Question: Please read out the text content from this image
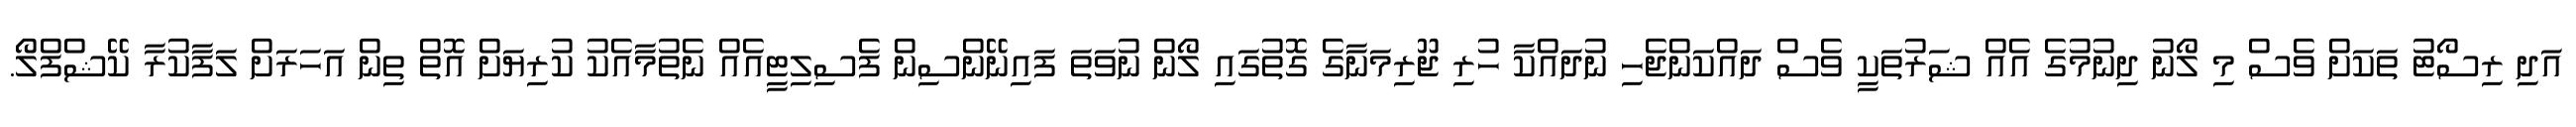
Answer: އަދި ރިސޯޓު ތަކަށް ވެސް މި ލޯނު ދިނުމުގެ އެއް ޝަރުތަކީ ވެސް ދައްކަންޖެހި ނުދައްކާ ހުރި ޖޫރިމަނާގެ ގޮތުގައި ލޯން ނުވަތަ ފައިނޭންސިން ފެސިލިޓީއެއް ނެތުމާއެކު ކުރިޔަށް އޮތް ތިން އަހަރަށް ލަފާކުރާ ކޭޝްފްލޯ.